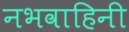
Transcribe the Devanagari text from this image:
नभवाहिनी